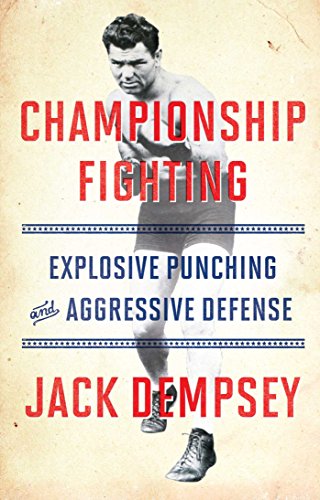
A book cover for Championship Fighting: Explosive Punching and Aggressive Defense; Jack Demspey; Sports & Outdoors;